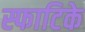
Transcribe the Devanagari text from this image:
स्फाटिके